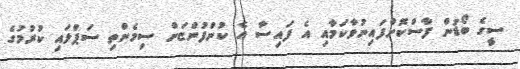
ސީގެ ބޯޑުން ފާސްކޮށްފައިނުވާކަމާއި އެ ފައިސާ އެ ކުންފުންޏަށް ސިމެންތި ސަޕްލައި ކުރުމުގެ